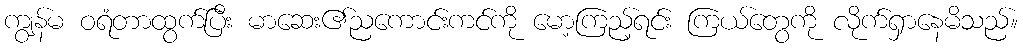
ကျွန်မ ဝရံတာထွက်ပြီး မာဆေး၏ညကောင်းကင်ကို မော့ကြည့်ရင်း ကြယ်တွေကို လိုက်ရှာနေမိသည်။